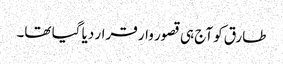
طارق کو آج ہی قصور وار قرار دیا گیا تھا۔